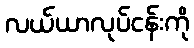
လယ်ယာလုပ်ငန်းကို